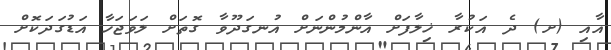
އާއި (ށ) ދެ އަކުރާ ޚިލާފަށް އާންމުންނަށް އުނގަދޫވާ ގޮތަށް ލަވަޖަހާ އަޑުގަދަކޮށް